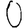
Digit: 0